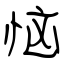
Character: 恼